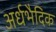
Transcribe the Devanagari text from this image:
अर्धभैदिक